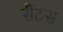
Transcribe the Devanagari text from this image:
सैंटस